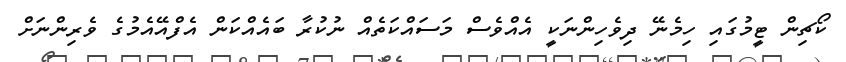
ކޯޗިން ޓީމުގައި ހިމެނޭ ދިވެހިންނަކީ އެއްވެސް މަސައްކަތެއް ނުކުރާ ބައެއްކަން އެފްއޭއެމުގެ ވެރިންނަށް